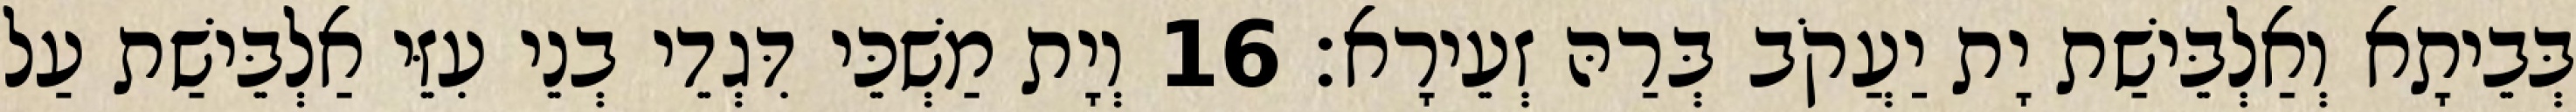
בְּבֵיתָא וְאַלְבֵּישַׁת יָת יַעֲקֹב בְּרַהּ זְעֵירָא׃ 16 וְיָת מַשְׁכֵּי דִּגְדֵי בְנֵי עִזֵּי אַלְבֵּישַׁת עַל